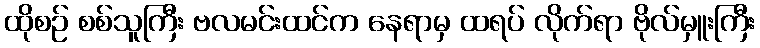
ထိုစဉ် စစ်သူကြီး ဗလမင်းထင်က နေရာမှ ထရပ် လိုက်ရာ ဗိုလ်မှူးကြီး